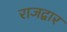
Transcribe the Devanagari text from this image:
राजद्वार